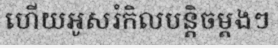
ហើយអូសរំកិលបន្តិចម្តងៗ